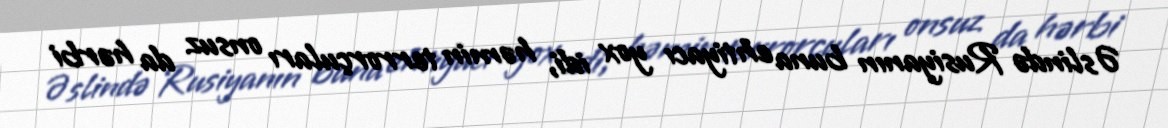
Əslində Rusiyanın buna ehtiyacı yox idi, həmin terrorçuları onsuz da hərbi